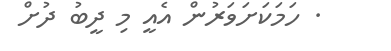
. ހަމަކަށަވަރުން އެއީ މި ދީބު ދުށް